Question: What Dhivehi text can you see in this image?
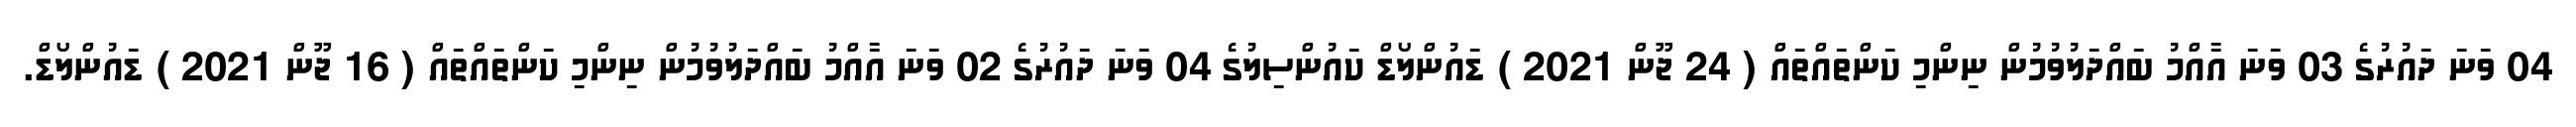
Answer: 04 ވަނަ ދައުރުގެ 03 ވަނަ އާއްމު ބައްދަލުވުމުން ނިންމި ކަންތައްތައް ( 24 ޖޫން 2021 ) ޑައުންލޯޑް ކައުންސިލުގެ 04 ވަނަ ދައުރުގެ 02 ވަނަ އާއްމު ބައްދަލުވުމުން ނިންމި ކަންތައްތައް ( 16 ޖޫން 2021 ) ޑައުންލޯޑް.